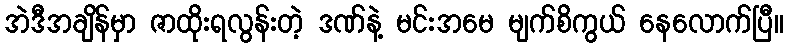
အဲဒီအချိန်မှာ ဇာထိုးရလွန်းတဲ့ ဒဏ်နဲ့ မင်းအမေ မျက်စိကွယ် နေလောက်ပြီ။